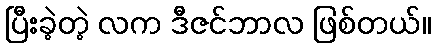
ပြီးခဲ့တဲ့ လက ဒီဇင်ဘာလ ဖြစ်တယ်။